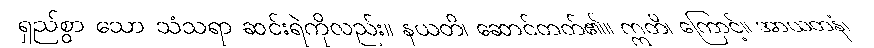
ရှည်စွာ သော သံသရာ ဆင်းရဲကိုလည်း။ နယတိ၊ ဆောင်တတ်၏။ ဣတိ၊ ကြောင့်။ အာယတနံ၊